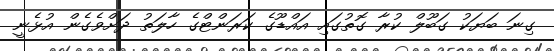
ގިނަ ބަޔަކު ގަބޫލް ކުރާ ގޮތުގައި އައްޑޫގެ ކަރަންޓްގެ ހާލަތު ދަށްވެގެން އުޅެނީ